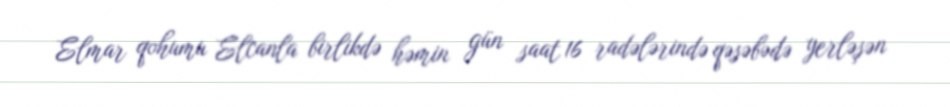
Elmar qohumu Elcanla birlikdə həmin gün saat 16 radələrində qəsəbədə yerləşən